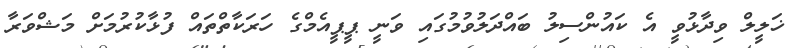
ޚަލީލް ވިދާޅުވީ އެ ކައުންސިލު ބައްދަލުވުމުގައި ވަނީ ޕީޕީއެމްގެ ހަރަކާތްތައް ފުޅާކުރުމަށް މަޝްވަރާ